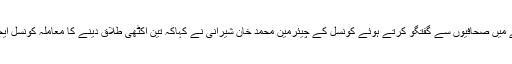
نماز ظہر کے وقفے میں صحافیوں سے گفتگو کرتے ہوئے کونسل کے چیئرمین محمد خان شیرانی نے کہاکہ تین اکٹھی طلاق دینے کا معاملہ کونسل ایجنڈے کا حصہ ہے ۔